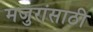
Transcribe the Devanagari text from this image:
मजुरांसाठी